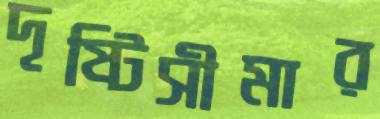
দৃষ্টিসীমার